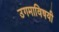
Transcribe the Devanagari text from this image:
उगमाविषयी